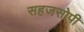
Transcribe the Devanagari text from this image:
सहजसोपी